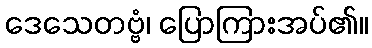
ဒေသေတဗ္ဗံ၊ ပြောကြားအပ်၏။